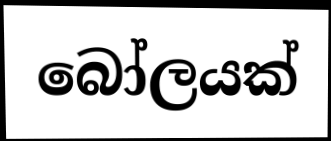
බෝලයක්